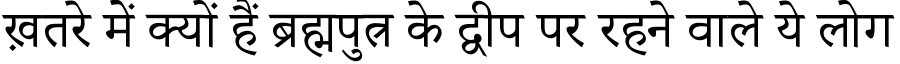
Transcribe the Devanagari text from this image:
ख़तरे में क्यों हैं ब्रह्मपुत्र के द्वीप पर रहने वाले ये लोग